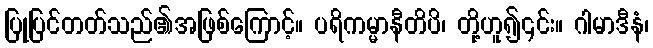
ပြုပြင်တတ်သည်၏အဖြစ်ကြောင့်။ ပရိကမ္မာနီတိပိ၊ တို့ဟူ၍၎င်း။ ဂါမာဒီနံ၊